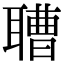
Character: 䏆